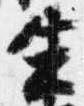
生